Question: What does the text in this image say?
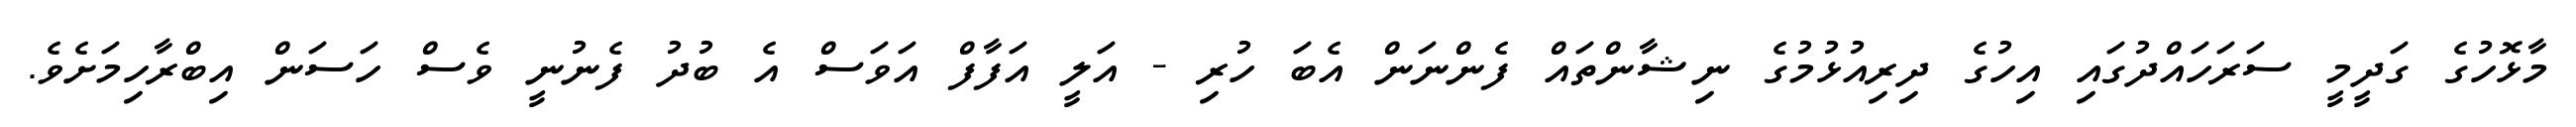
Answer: މާޅޮހުގެ ގަދީމީ ސަރަހައްދުގައި އިހުގެ ދިރިއުޅުމުގެ ނިޝާންތައް ފެންނަން އެބަ ހުރި - އަލީ އަފާފް އަވަސް އެ ބުދު ފެނުނީ ވެސް ހަސަން އިބްރާހިމަށެވެ.